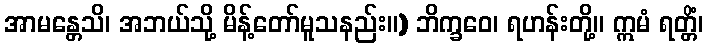
အာမန္တေသိ၊ အဘယ်သို့ မိန့်တော်မူသနည်း။) ဘိက္ခဝေ၊ ရဟန်းတို့။ ဣမံ ရတ္တိံ၊